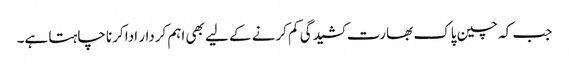
جب کہ چین پاک بھارت کشیدگی کم کرنے کے لیے بھی اہم کردار ادا کرنا چاہتا ہے۔